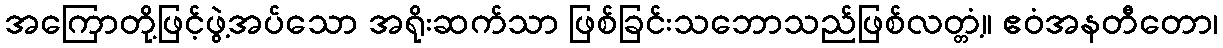
အကြောတို့ဖြင့်ဖွဲ့အပ်သော အရိုးဆက်သာ ဖြစ်ခြင်းသဘောသည်ဖြစ်လတ္တံ့။ ဧဝံအနတီတော၊